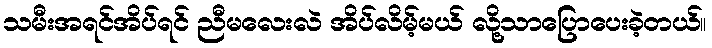
သမီးအရင်အိပ်ရင် ညီမလေးလဲ အိပ်လိမ့်မယ် လို့သာပြောပေးခဲ့တယ်။